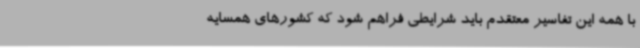
با همه این تفاسیر معتقدم باید شرایطی فراهم شود که کشورهای همسایه